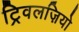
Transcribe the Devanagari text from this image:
ट्रिवलज़ियो